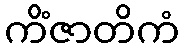
ကိံဇာတိကံ